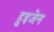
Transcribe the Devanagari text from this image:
हुइजेन